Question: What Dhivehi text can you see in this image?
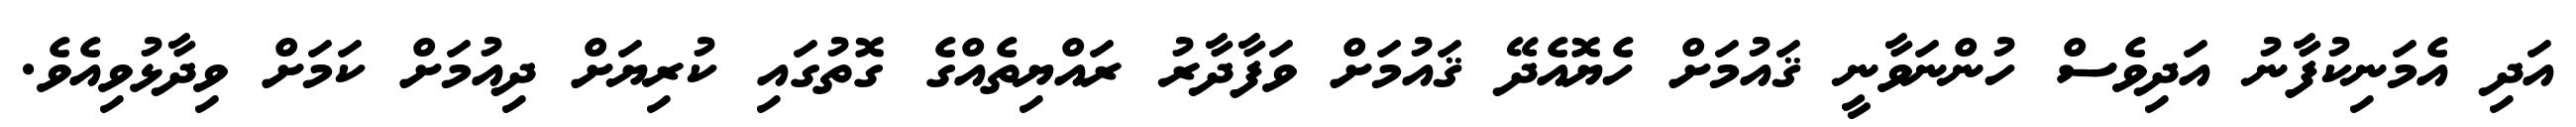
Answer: އަދި އެމަނިކުފާނު އަދިވެސް ހުންނަވާނީ ޤައުމަށް ހެޔޮއެދޭ ޤައުމަށް ވަފާދާރު ރައްޔިތެއްގެ ގޮތުގައި ކުރިޔަށް ދިއުމަށް ކަމަށް ވިދާޅުވިއެވެ.